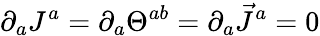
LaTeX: \partial_{a}J^{a}=\partial_{a}\Theta^{ab}=\partial_{a}\vec{J}^{a}=0